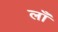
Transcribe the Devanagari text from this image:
लॉं